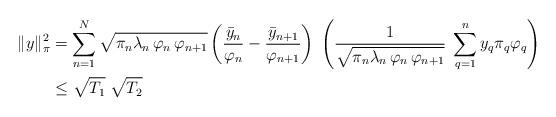
LaTeX: \begin{align*}\|y\|^{2}_{\pi}&=\sum_{n=1}^{N}\sqrt{\pi_n\lambda_{n}\,\varphi_{n}\,\varphi_{n+1}}\left(\frac{\bar y_{n}}{\varphi_{n}}-\frac{\bar y_{n+1}}{\varphi_{n+1}}\right)\;\left(\frac{1}{\sqrt{\pi_n\lambda_{n}\,\varphi_{n}\,\varphi_{n+1}}}\;\sum_{q=1}^{n}y_{q}\pi_q\varphi_{q}\right)\\& \le \sqrt{T_1} \; \sqrt{T_2}\end{align*}